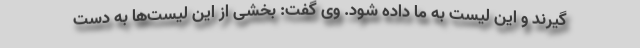
گیرند و این لیست به ما داده شود. وی گفت: بخشی از این لیست‌ها به دست